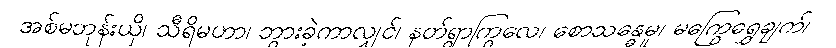
အစ်မဘုန်းယှိ၊ သီရိမဟာ၊ ဘွားခဲ့ကာလျှင်၊ နတ်ရွာကြွလေ၊ စောသန္ဓေမူ၊ မကြွေရွှေချက်၊